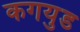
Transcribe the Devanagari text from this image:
कगयुड